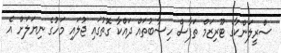
ސްރީލަންކާގެ ޓޫރިޒަމް ތަފާސް ހިސާބުތައް ދައްކާ ގޮތުގައި ޖުލައި މަހުގެ ނިޔަލަށް އެ